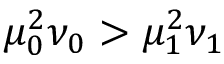
\mu _ { 0 } ^ { 2 } \nu _ { 0 } > \mu _ { 1 } ^ { 2 } \nu _ { 1 }